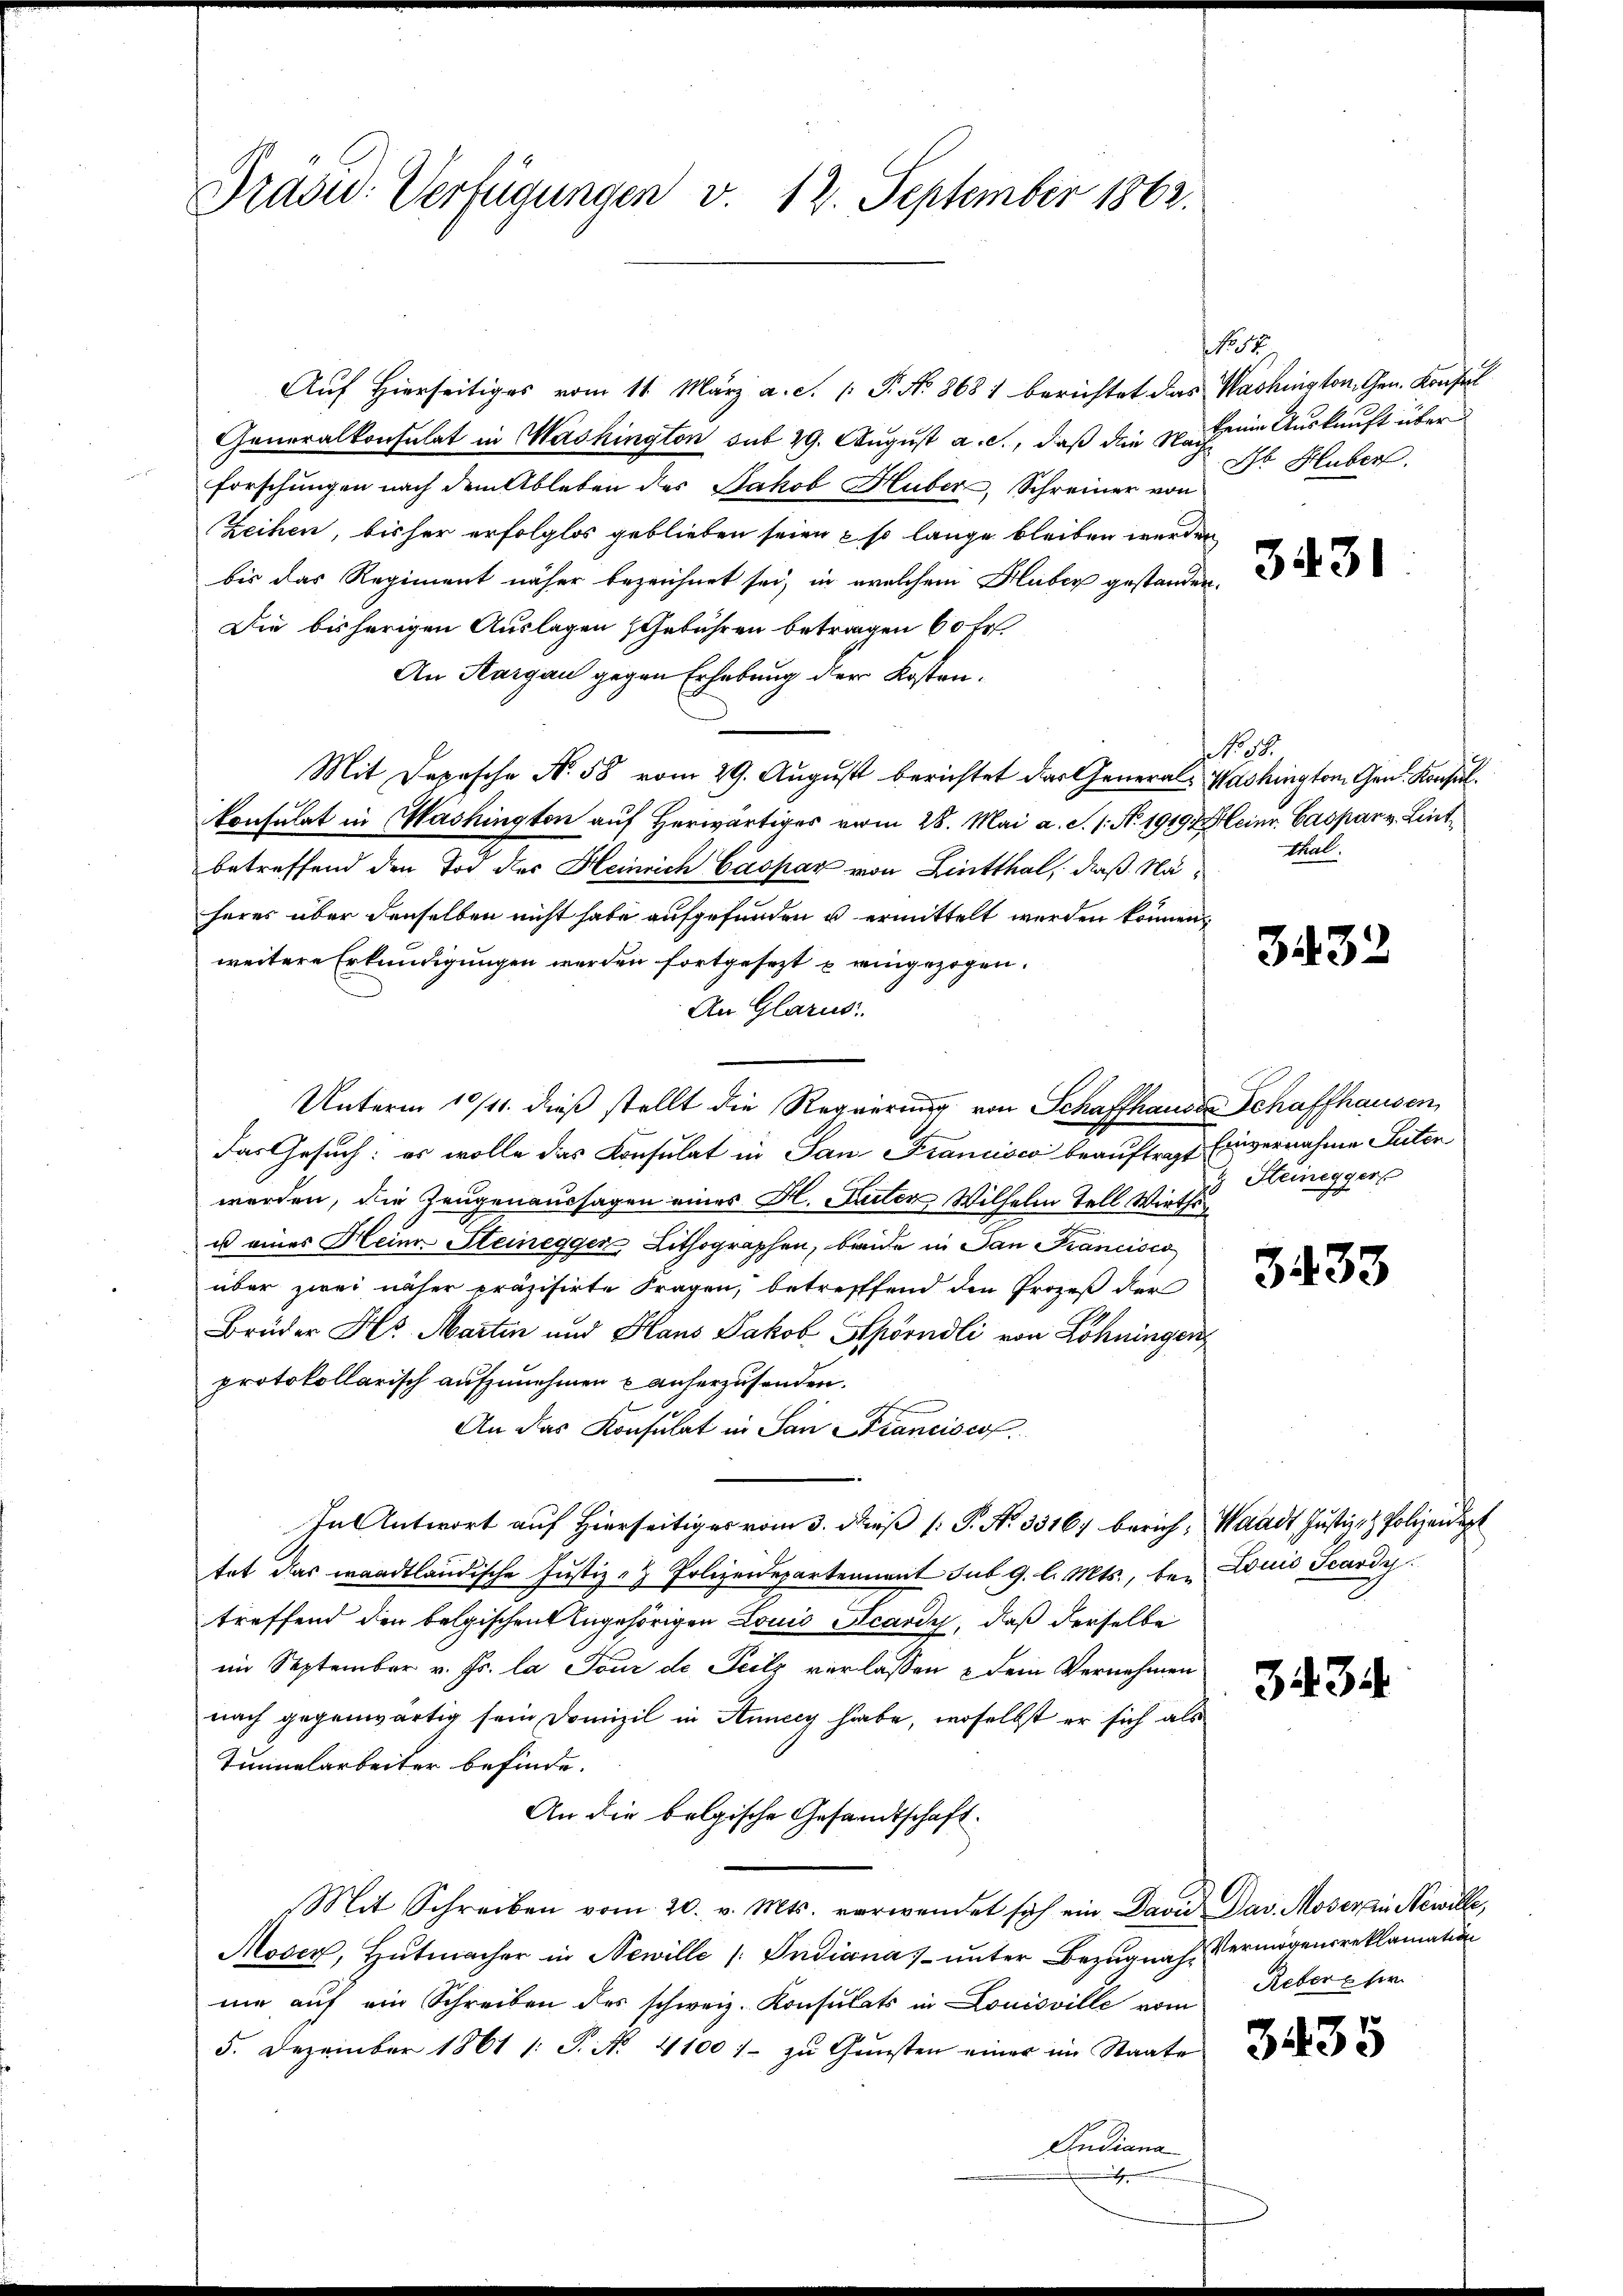
Präsid. Verfügungen v. 12. September 1862.

Auf Hierseitiges vom 11. März a.c. (T. N. 8681 berichtet das Washington, Gen. Konstal
Generalkonsulat in Washington sub 29. August a. c., daß die Sachen Auskunft über
forschungen nach dem Ableben des Jakob Huber, Schreiner von
Zeihen, bisher erfolglos geblieben seien so lange bleiben werden
bis das Regiment näher bezeichnet sei, in welchem Huber gestanden.
Die bisherigen Auslagen (Gebühren betragen 60 fr
An Aargau gegen Erhebung der Kosten¬
Mit Depesche No. 58 vom 29. August berichtet das General- Washington Gen. Konsul
Consulat in Mashington auf Herwärtiges vom 28. Mai a. c. s. N. 1919 Heinr. Caspar v. Lintbetreffend den Tod der Heinrich Caspar von Linthal, daß Näheres über denselben nicht habe aufgefunden u ermittelt werden können
weitere Erkundigungen werden fortgesezt u eingezogen.
An Glarus.
Unterm 10/11. dieß stellt die Regierung von Schaffhauser Schaffhausen,
das Gesuch: es wolle das Konsulat in San Francisco beauftragt Einvernahme Suter
werden, die Zeugenaussagen eines H. Aucten Wilhelm Tell Wirths
us eines Heim Steinegger Lithographen, beide in Dan Krancisco
über zwei näher präzisirte Fragen, betreffend den Prozeß der
Brüder Hr. Martin und Hans Jakob Spörndli von Löhningen,
protokollarisch aufzunehmen u anherzusenden.
An das Konsulat in San Francisco
In Antwort auf Hierseitiger vom 3. daß P. No. 3316/ berich, Waadt Justiz & Polizeidigt
tat das waadtländische Justiz- & Polizeidepartennant sub. 9. l. Mts., bei Louis Scardy
treffend den belgischen Angehörigen Louis Acardy, daß derselbe
im September v. Js. la Tour de Teilz verlassen & dem Vernehmen
nach gegenwärtig sein Domizil in Annecy habe, woselbst er sich als
Tunnelarbeiter befinde.
An die belgische Gesandtschaft.
Mit Schreiben vom 20. v. Mts. verwendet sich ein David Dav. Moser in Newille,
Moser, Hŭtmacher in Newille / Indiana unter Bezugnah, Vermögensreklamation
nie auf ein Schreiben des schweiz. Konsulats in Louisville vom
5. Dezember 1861 /: P. Nr. 4100.- zŭ Gŭnsten einer im Staate
Indiana

x

NNo. 14
Dr. Huber.

3431

NNo. 97.
thal.

3432

Steineggers

3433

3434.

Rebers her